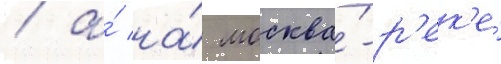
/ а́ на́ москва́-р'ек'е́